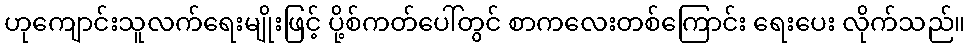
ဟုကျောင်းသူလက်ရေးမျိုးဖြင့် ပို့စ်ကတ်ပေါ်တွင် စာကလေးတစ်ကြောင်း ရေးပေး လိုက်သည်။